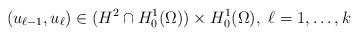
LaTeX: \begin{align*} (u_{\ell-1},u_{\ell})\in (H^2\cap H^1_0(\Omega))\times H^1_0(\Omega), \ \ell = 1,\ldots,k\end{align*}